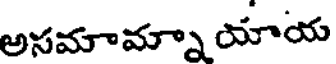
అసమామ్నా యాయ